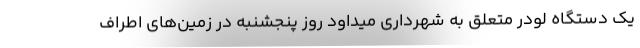
یک دستگاه لودر متعلق به شهرداری میداود روز پنجشنبه در زمین‌های اطراف